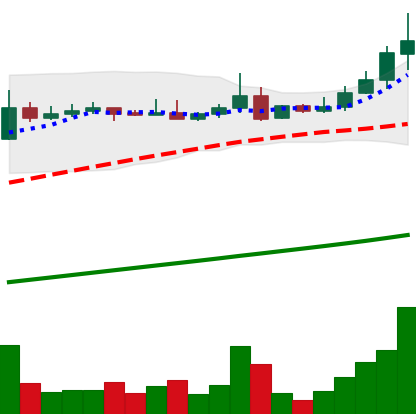
Ticker: ADA-USD
Chart end date: 2021-04-14
Forward return: -17.69%
Label: down_7plus